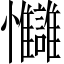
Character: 𢦄